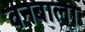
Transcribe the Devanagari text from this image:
वनबाला